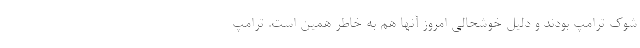
شوک ترامپ بودند و دلیل خوشحالی امروز آنها هم به خاطر همین است. ترامپ